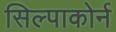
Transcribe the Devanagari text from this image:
सिल्पाकोर्न